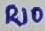
Text: R10